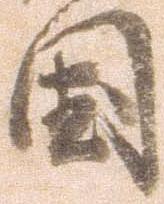
国